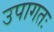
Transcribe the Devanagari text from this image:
उपागतः